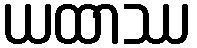
ယထာဿ